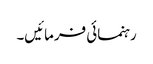
رہنمائی فرمائیں۔